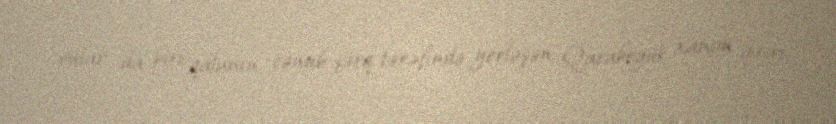
onlar da biri qalanın cənub-şərq tərəfində yerləşən Qaraböyük xanım qəsri,